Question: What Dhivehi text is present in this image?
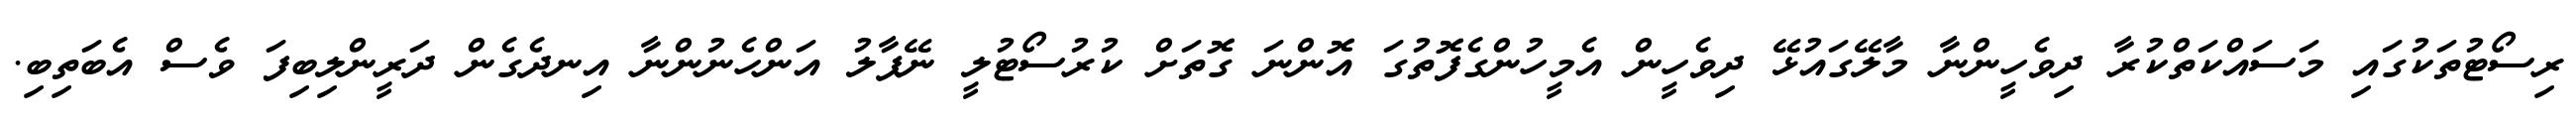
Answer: ރިސޯޓުތަކުގައި މަސައްކަތްކުރާ ދިވެހީންނާ މާލޭގައުޅޭ ދިވެހީން އެމީހުންގެފޮތުގަ އޮންނަ ގޮތަށް ކުރުސޯޓުލީ ނޭޕާލު އަންހެނުންނާ އިނދެގެން ދަރީންލިބިފަ ވެސް އެބަތިބި.